Medical and sanitary report of the native army of Bengal for the year
Year: 1877
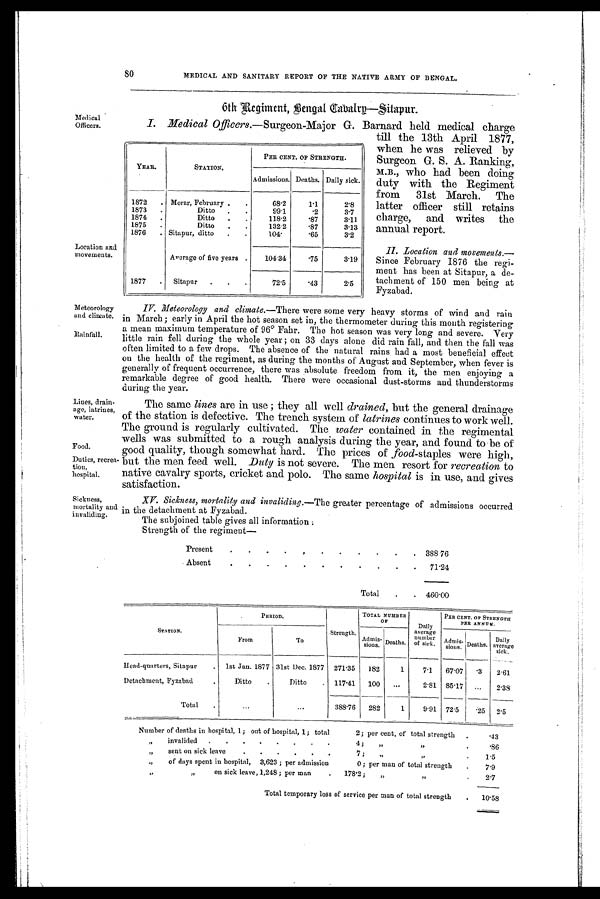
Meteorology
and climate.
Rainfall.
Lines, drain-
age, latrines,
water.
Food.
Duties, recrea-
tion hospital.
Sickness,
mortality and
invaliding.
80
Medical
Officers.
Location and
movements.
MEDICAL AND SANITARY REPORT OF THE NATIVE ARMY OF BENGAL.
6th Regiment, Bengal Cavalry—Sitapur.
I. Medical Officers .—Surgeon-Major G. Barnard held medical charge
till the 13th April 1877,
when he was relieved by
Surgeon G. S. A. Ranking,
who had been doing
duty with the Regiment
from 31st March. The
latter officer still retains
charge, and writes the
annual report.
II. Location and movements.—
Since February 1876 the regi-
ment has been at Sitapur, a de-
tachment of 150 men being at
Fyzabad.
IV. Meteorology and climate.— There were some very heavy storms of wind and rain
in March; early in April the hot season set in, the thermometer during this month registering
a mean maximum temperature of 96° Fahr. The hot season was very long and severe. Very
little rain fell during the whole year; on 33 days alone did rain fall, and then the fall was
often limited to a few drops. The absence of the natural rains had a most beneficial effect
on the health of the regiment, as during the months of August and September, when fever is
generally of frequent occurrence, there was absolute freedom from it, the men enjoying a
remarkable degree of good health. There were occasional dust-storms and thunderstorms
during the year.
YEAR.
STATION.
PER CENT. OF STRENGTH.
Admissions, Deaths. Daily sick.
1812
Morar, February
68.2
1.1
2.8
1873
Ditto
99.1
.2
3.7
1874
Ditto
118.2
.87
3.11
1875
Ditto
132.2
.87
3.13
1876
Sitapur, ditto
104.
.65
3.2
Average of five years
104.34
.75
3.19
1877
Sitapur
72.5
.43
2.5
The same lines are in use they all well drained, but the general drainage
A the station is defective. The trench system of latrines continues to work well.
the ground is regularly cultivated. The water contained in the regimental
wells was submitted to a rough analysis during the year, and found to be of
good quality, though somewhat hard. The prices of food-staples were high,
but the men feed well. Duty is not severe. The men resort for recreation to
native cavalry sports, cricket and polo. The same hospital is in use, and gives
satisfaction.
XV. Sickness, mortality and invaliding.—The greater percentage of admissions occurred
in the detachment at Fyzabad.
The subjoined table gives all information.
Strength of the regiment—
Present
388 76
Absent
71.24
Total
460.00
STATION.
PERIOD.
Strength.
TOTAL NUMBER
OF
Daily
average
number
of sick.
PER CENT. OF STRENGTH
PER ANNUM.
A d m i s - s i o n s . Deaths.
From
To
Admis-
sions. Deaths.
Daily
average
sick.
Head-quarters, Sitapur
1st Jan. 1877 31st Dee. 1877 271.35
182
1
7.1
67.07
.3
2.61
Detachment, Fyzabad
Ditto
Ditto
117.41
100
...
2.81 85.17
...
2.38
Total
...
...
388.76
282
1
9.91 72.5
.25
2.5
Number of deaths in hospital, 1; out of hospital, 1; total
2; per cent, of total strength
.43
„
invalided
.
.
.
.
.
.
.
4;
„ „
.86
„
sent on sick leave
.
.
.
.
7 ;
„ „
.
1.5
„
of days spent in hospital, 3,623 ; per admission
0; per man of total strength
7.9
„ „
on sick leave, 1,248 ; per man
.
178.2;
„
„
2.7
Total temporary loss of service per man of total strength
.
10.58